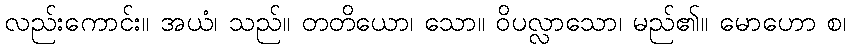
လည်းကောင်း။ အယံ၊ သည်။ တတိယော၊ သော။ ဝိပလ္လာသော၊ မည်၏။ မောဟော စ၊